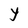
Character: Y